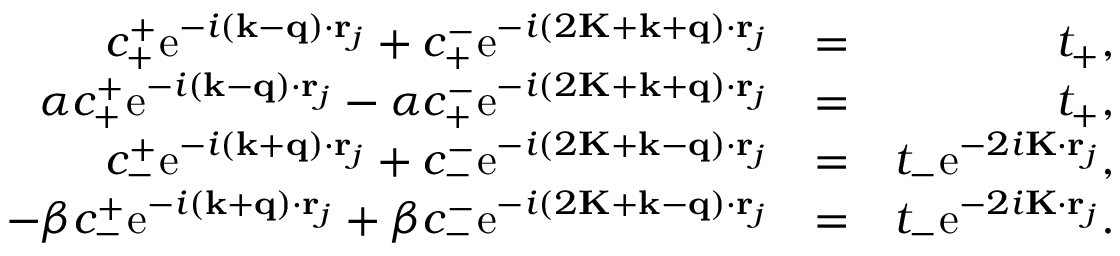
\begin{array} { r l r } { c _ { + } ^ { + } \mathrm { e } ^ { - i ( \mathbf { k } - \mathbf { q } ) \cdot \mathbf { r } _ { j } } + c _ { + } ^ { - } \mathrm { e } ^ { - i ( 2 \mathbf { K } + \mathbf { k } + \mathbf { q } ) \cdot \mathbf { r } _ { j } } } & { = } & { t _ { + } , } \\ { \alpha c _ { + } ^ { + } \mathrm { e } ^ { - i ( \mathbf { k } - \mathbf { q } ) \cdot \mathbf { r } _ { j } } - \alpha c _ { + } ^ { - } \mathrm { e } ^ { - i ( 2 \mathbf { K } + \mathbf { k } + \mathbf { q } ) \cdot \mathbf { r } _ { j } } } & { = } & { t _ { + } , } \\ { c _ { - } ^ { + } \mathrm { e } ^ { - i ( \mathbf { k } + \mathbf { q } ) \cdot \mathbf { r } _ { j } } + c _ { - } ^ { - } \mathrm { e } ^ { - i ( 2 \mathbf { K } + \mathbf { k } - \mathbf { q } ) \cdot \mathbf { r } _ { j } } } & { = } & { t _ { - } \mathrm { e } ^ { - 2 i \mathbf { K } \cdot \mathbf { r } _ { j } } , } \\ { - \beta c _ { - } ^ { + } \mathrm { e } ^ { - i ( \mathbf { k } + \mathbf { q } ) \cdot \mathbf { r } _ { j } } + \beta c _ { - } ^ { - } \mathrm { e } ^ { - i ( 2 \mathbf { K } + \mathbf { k } - \mathbf { q } ) \cdot \mathbf { r } _ { j } } } & { = } & { t _ { - } \mathrm { e } ^ { - 2 i \mathbf { K } \cdot \mathbf { r } _ { j } } . } \end{array}